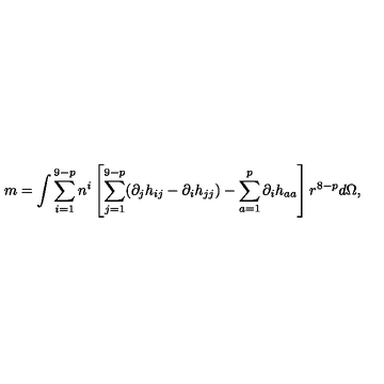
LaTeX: m = \int \sum _ { i = 1 } ^ { 9 - p } n ^ { i } \left[ \sum _ { j = 1 } ^ { 9 - p } ( \partial _ { j } h _ { i j } - \partial _ { i } h _ { j j } ) - \sum _ { a = 1 } ^ { p } \partial _ { i } h _ { a a } \right] r ^ { 8 - p } d \Omega ,